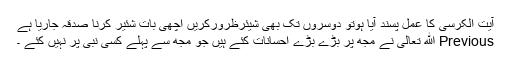
آیت الکرسی کا عمل پسند آیا ہوتو دوسروں تک بھی شیئرظرورکریں اچھی بات شئیر کرنا صدقہ جاریا ہے
Previous اللّه تعالیٰ نے مجھ پر بڑے بڑے احسانات کئے ہیں جو مجھ سے پہلے کسی نبی پر نہیں کئے ۔